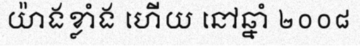
យ៉ាងខ្លាំង ហើយ នៅឆ្នាំ ២០០៨